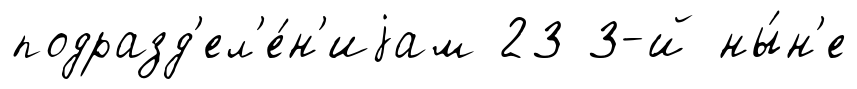
подразд'ел'е́н'иjам 23 3-й ны́н'е